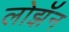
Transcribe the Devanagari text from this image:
लोझॅन